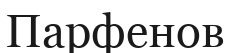
Парфенов